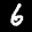
Label: 6